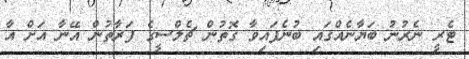
ޓެރީ ނެރުނު ބަޔާނެއްގައި ބުނެފައިވާ ގޮތުން ޗެލްސީގެ ފަރާތުން އޭނާ އަށް އާ